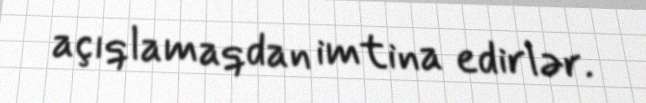
açıqlamaqdan imtina edirlər.